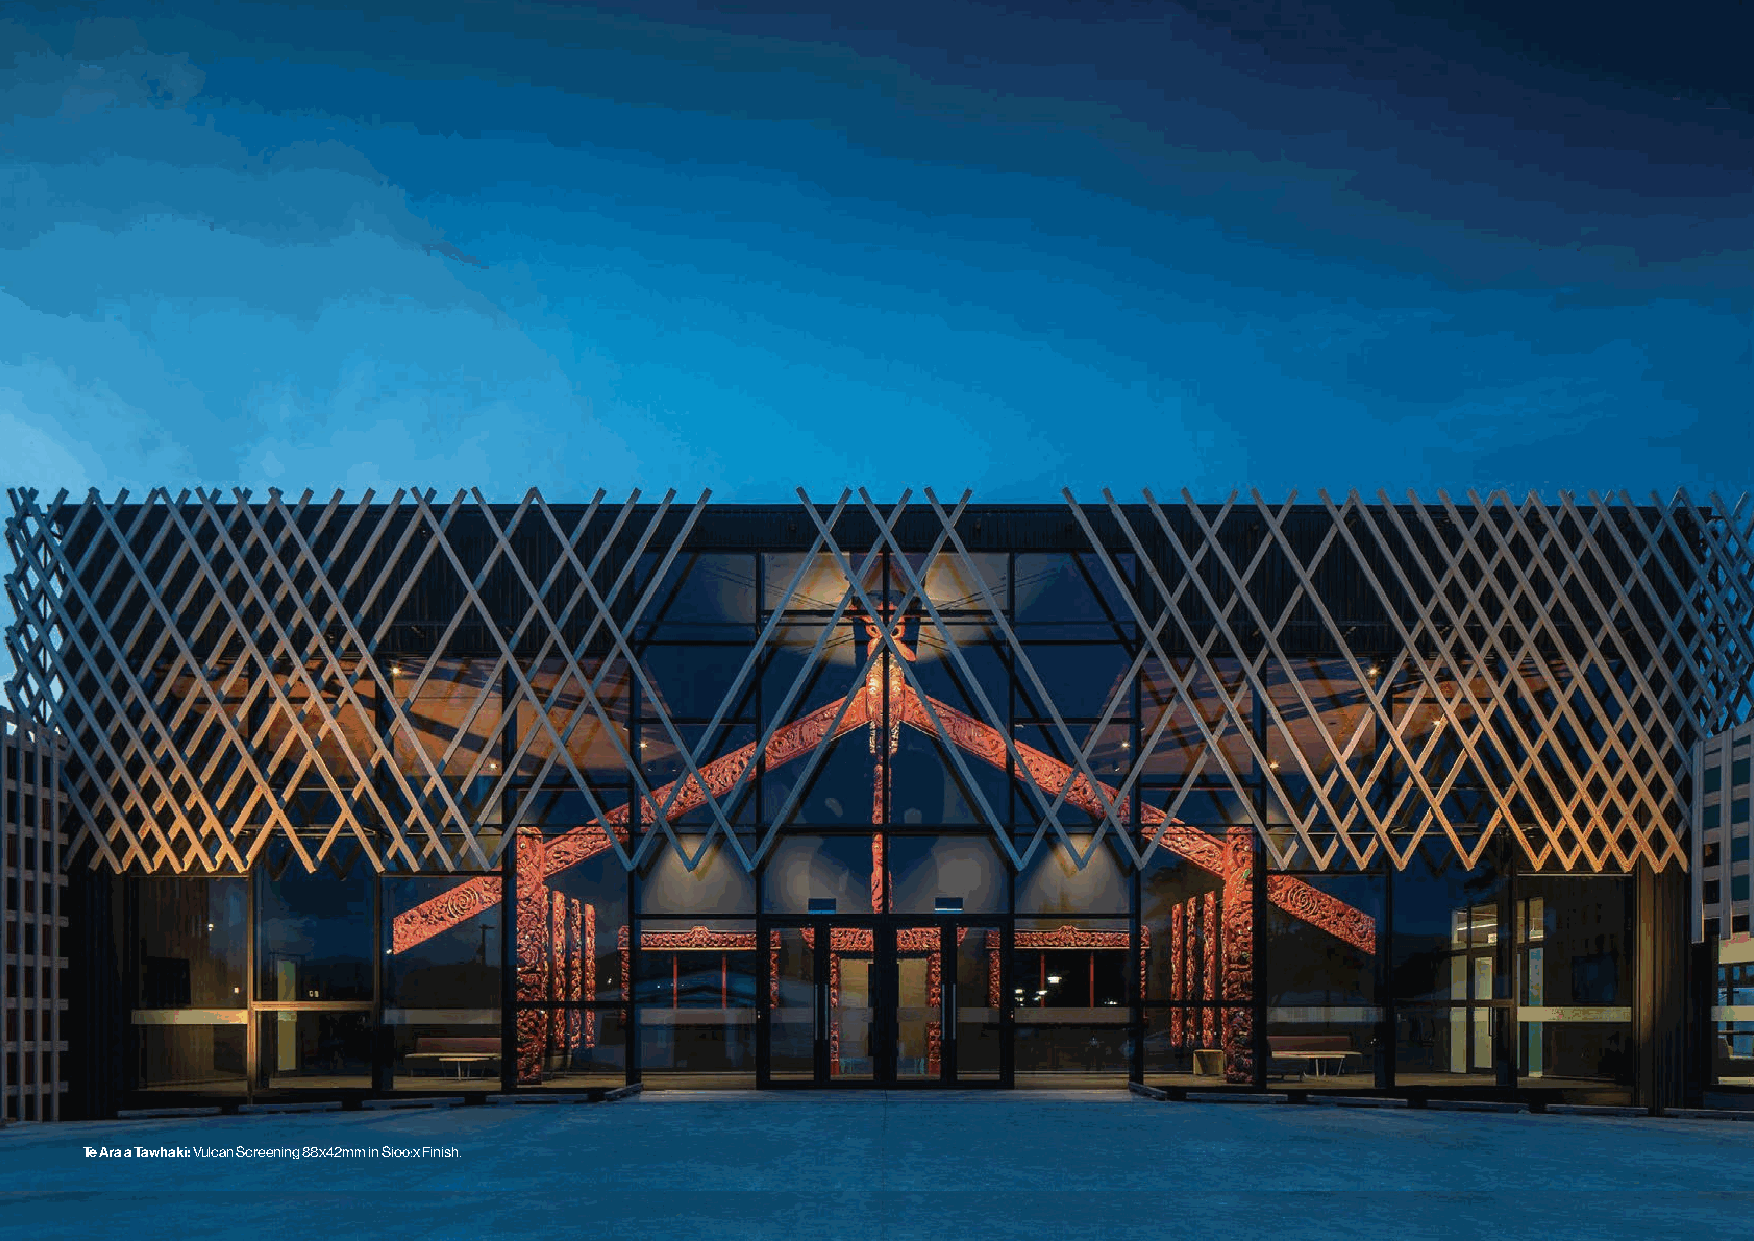
Te Ara a Tawhaki: Vulcan Screening 88x42mm in Sioo:x Finish.   © Abodo Wood Ltd | Abodo Vulcan Screening Design Guide May 21 Carefully Crafted Timber 11